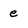
Character: e